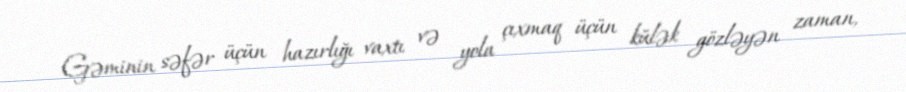
Gəminin səfər üçün hazırlığı vaxtı və yola çıxmaq üçün külək gözləyən zaman,